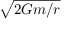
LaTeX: \textstyle { \sqrt { 2 G m / r } }